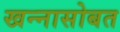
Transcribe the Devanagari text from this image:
खन्नासोबत